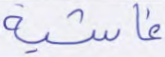
غاشية